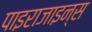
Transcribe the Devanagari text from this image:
पाइराजाइन्स